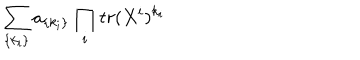
\sum _ { \{ k _ { i } \} } a _ { \{ k _ { i } \} } \prod _ { i } t r ( X ^ { i } ) ^ { k _ { i } }